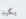
يكون